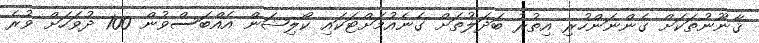
ޤާނޫނުތަކަށް ގެންނަންހުރި އިތުރު ބަދަލުތަށް ގެނެއުމަށްޓަކައި ކޯލިޝަން އެއްބަސްވުން 100 ދުވަހަށް ވުރެ